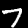
Digit: 7